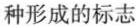
种形成的标志